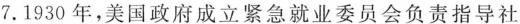
7.1930年，美国政府成立紧急就业委员会负责指导社